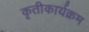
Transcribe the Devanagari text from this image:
कृतीकार्यक्रम